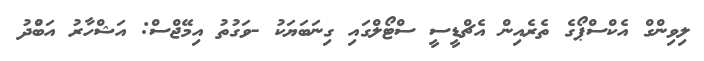
ލިވިންގް އެކްސްޕޯގެ ތެރެއިން އެޗްޑީސީ ސްޓޯލްގައި ގިނަބަޔަކު -ވަގުތު އިމޭޖްސް: އަޝްހާރު އަބްުދު